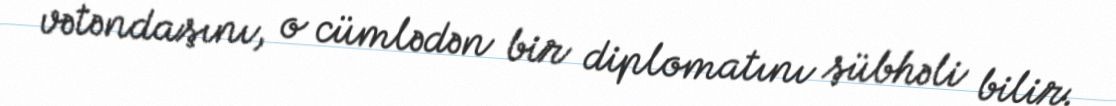
vətəndaşını, o cümlədən bir diplomatını şübhəli bilir.